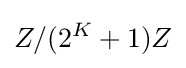
Z/(2^{K}+1)Z